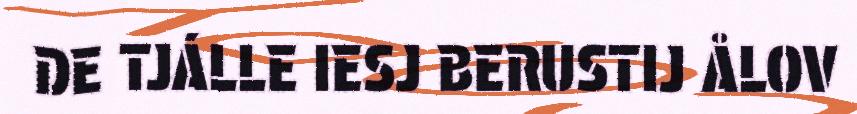
DE TJÁLLE IESJ BERUSTIJ ÅLOV